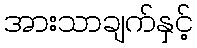
အားသာချက်နှင့်